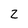
Character: 2